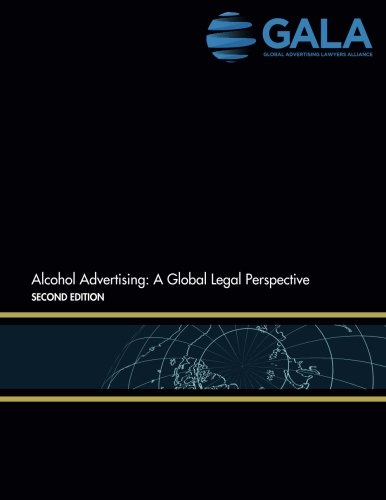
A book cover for Alcohol Advertising: A Global Legal Perspective: Second Edition; Global Advertising Lawyers Alliance; Law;